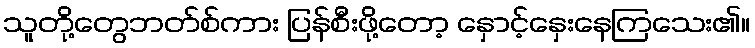
သူတို့တွေဘတ်စ်ကား ပြန်စီးဖို့တော့ နှောင့်နှေးနေကြသေး၏။